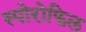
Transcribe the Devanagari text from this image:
स्पोरोफिल